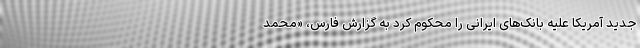
جدید آمریکا علیه بانک‌های ایرانی را محکوم کرد به گزارش فارس، «محمد